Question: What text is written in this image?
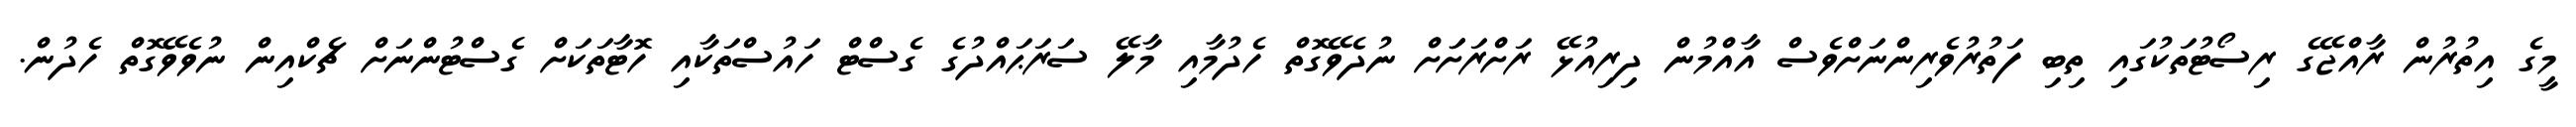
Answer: މީގެ އިތުރުން ރާއްޖޭގެ ރިސޯޓުތަކުގައި ތިބި ފަތުރުވެރިންނަށްވެސް އާއްމުން ދިރިއުޅޭ ރަށްރަށަަށް ނުދެވޭގޮތް ހެދުމާއި މާލޭ ސަރަޙައްދުގެ ގެސްޓް ހައުސްތަކާއި ހޮޓާތަކަށް ގެސްޓުންނަށް ޗެކްއިން ނުވެވޭގޮތް ހެދުން.